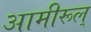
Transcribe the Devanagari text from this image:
आमीरूल्